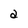
Character: a